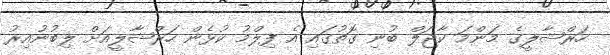
ހަރްޝާލީގެ މަންމަ ކާޖަލް ބުނި ގޮތުގައި އެ ފިލްމު ކުޅެން ހަރްޝާލީއަށް ލިބުނުއިރު